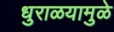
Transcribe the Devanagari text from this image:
धुराळयामुळे